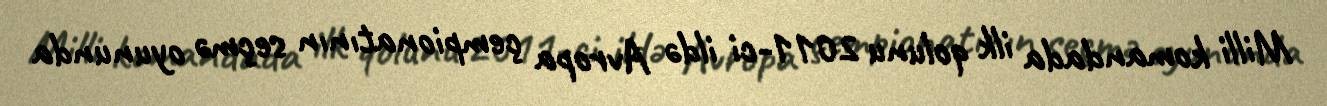
Milli komandada ilk qolunu 2011-ci ildə Avropa çempionatının seçmə oyununda